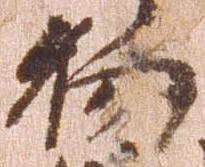
物